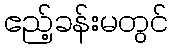
ဧည့်ခန်းမတွင်